Vaccination in Bombay 1869-1873 - 1869-1873
Year: 1869
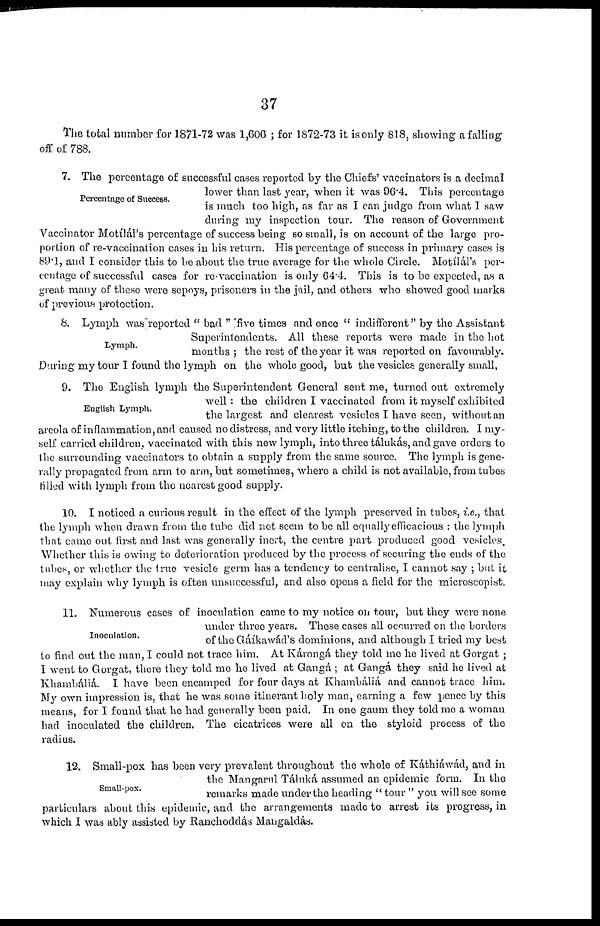
37
The total number for 1871-72 was 1,606 ; for 1872-73 it is only 818, showing a falling
off of 788.
Percentage of Success.
7. The percentage of successful cases reported by the Chiefs' vaccinators is a decimal
lower than last year, when it was 96.4. This percentage
is much too high, as far as I can judge from what I saw
during my inspection tour. The reason of Government
Vaccinator Motílál's percentage of success being so small, is on account of the large pro-
portion of re-vaccination cases in his return. His percentage of success in primary cases is
89.1, and I consider this to be about the true average for the whole Circle. Motílál's per-
centage of successful cases for re-vaccination is only 64.4. This is to be expected, as a
great many of these were sepoys, prisoners in the jail, and others who showed good marks
of previous protection.
Lymph.
8. Lymph was reported " bad " five times and once " indifferent" by the Assistant
Superintendents. All these reports were made in the hot
months ; the rest of the year it was reported on favourably.
During my tour I found the lymph on the whole good, but the vesicles generally small.
English Lymph.
9. The English lymph the Superintendent General sent me, turned out extremely
well: the children I vaccinated from it myself exhibited
the largest and clearest vesicles I have seen, without an
areola of inflammation, and caused no distress, and very little itching, to the children. I my-
self carried children, vaccinated with this new lymph, into three tálukás, and gave orders to
the surrounding vaccinators to obtain a supply from the same source. The lymph is gene-
rally propagated from arm to arm, but sometimes, where a child is not available, from tubes
filled with lymph from the nearest good supply.
10. I noticed a curious result in the effect of the lymph preserved in tubes, i.e., that
the lymph when drawn from the tube did not seem to be all equally efficacious : the lymph
that came out first and last was generally inert, the centre part produced good vesicles.
Whether this is owing to deterioration produced by the process of securing the ends of the
tubes, or whether the true vesicle germ has a tendency to centralise, I cannot say ; but it
may explain why lymph is often unsuccessful, and also opens a field for the microscopist.
Inoculation.
11. Numerous cases of inoculation came to my notice on tour, but they were none
under three years. These cases all occurred on the borders
of the Gáíkawád's dominions, and although I tried my best
to find out the man, I could not trace him. At Károngá they told me he lived at Gorgat ;
I went to Gorgat, there they told me he lived at Gangá ; at Gangá they said he lived at
Khambáliá. I have been encamped for four days at Khambáliá and cannot trace him.
My own impression is, that he was some itinerant holy man, earning a few pence by this
means, for I found that he had generally been paid. In one gaum they told me a woman
had inoculated the children. The cicatrices were all on the styloid process of the
radius.
Small-pox.
12. Small-pox has been very prevalent throughout the whole of Káthiáwád, and in
the Mangarnl Táluká assumed an epidemic form. In the
remarks made under the heading " tour " you will see some
particulars about this epidemic, and the arrangements made to arrest its progress, in
which I was ably assisted by Ranchoddás Mangaldás.